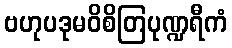
ဗဟုပဒုမဝိစိတြပုဏ္ဍရီကံ